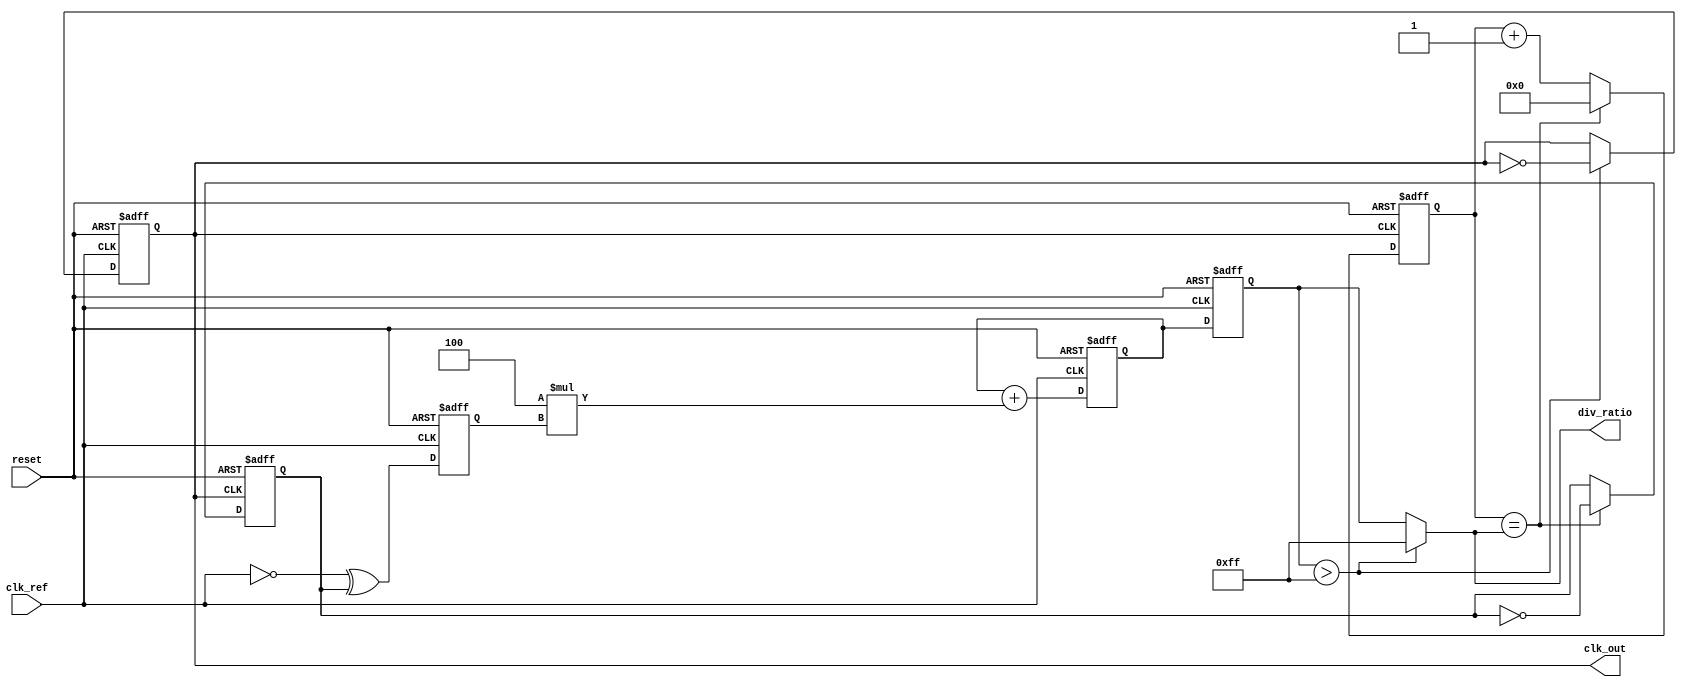
module PLL (
    input wire clk_ref,          // Reference clock input
    input wire reset,            // Reset signal
    output reg clk_out,          // Output clock
    output wire [7:0] div_ratio  // Division ratio for feedback
);

// Parameters
parameter integer DIV_MAX = 255; // Maximum division ratio
parameter integer FILTER_GAIN = 4; // Gain for loop filter

// Internal signals
reg [7:0] phase_error;           // Phase error signal
reg [7:0] control_voltage;       // Control voltage for VCO
reg [7:0] vco_freq;              // VCO frequency
reg [7:0] divider_count;         // Divider counter
reg [7:0] clk_div;               // Divided clock signal

// Phase Detector
always @(posedge clk_ref or posedge reset) begin
    if (reset) begin
        phase_error <= 0; // Reset phase error
    end else begin
        // Simulating a simple XOR phase detector
        phase_error <= ~clk_ref ^ clk_div; // Phase error calculation
    end
end

// Loop Filter (Simple First Order)
always @(posedge clk_ref or posedge reset) begin
    if (reset) begin
        control_voltage <= 0; // Reset control voltage
    end else begin
        control_voltage <= control_voltage + (FILTER_GAIN * phase_error);
    end
end

// Voltage-Controlled Oscillator (VCO)
always @(posedge clk_ref or posedge reset) begin
    if (reset) begin
        vco_freq <= 0; // Reset VCO frequency
        clk_out <= 0;  // Reset output clock
    end else begin
        // VCO frequency is controlled by the control voltage
        vco_freq <= control_voltage; // Simplified representation
        clk_out <= (vco_freq > DIV_MAX) ? ~clk_out : clk_out; // Toggle clock based on frequency
    end
end

// Frequency Divider
always @(posedge clk_out or posedge reset) begin
    if (reset) begin
        divider_count <= 0; // Reset divider count
        clk_div <= 0;       // Reset divided clock
    end else begin
        if (divider_count == div_ratio) begin
            clk_div <= ~clk_div; // Toggle divided clock
            divider_count <= 0;   // Reset counter
        end else begin
            divider_count <= divider_count + 1; // Increment counter
        end
    end
end

// Output divided clock for feedback
assign div_ratio = (vco_freq > DIV_MAX) ? DIV_MAX : vco_freq; // Assign division ratio

endmodule